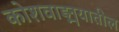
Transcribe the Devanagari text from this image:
कोशवाङ्मयातील